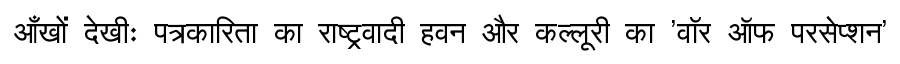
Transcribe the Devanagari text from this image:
आँखों देखीः पत्रकारिता का राष्ट्रवादी हवन और कल्लूरी का 'वॉर ऑफ परसेप्शन'